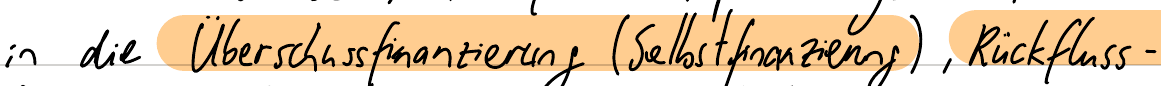
in die Überschussfinanzierung (Selbstfinanzierung), Rückfluss -